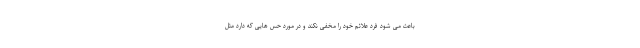
باعث می شود فرد علائم خود را مخفی نکند و در مورد حس هایی که دارد مثل